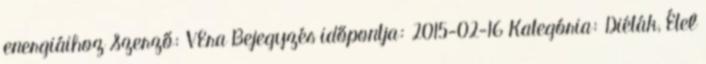
energiáihoz Szerző: VEra Bejegyzés időpontja: 2015-02-16 Kategória: Diéták, Étel